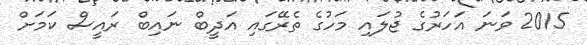
2015 ވަނަ އަހަރުގެ ޖުލައި މަހުގެ ތެރޭގައި އަދީބް ނައިބް ރައީސް ކަމަށް